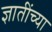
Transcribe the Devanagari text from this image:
ज्ञातींच्या